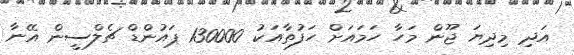
އަދި މިދިޔަ ޖޫން މަހާ ހަމައަށް ހަފުތާއަކު 130000 ޕައުންޑް ޗެލްސީން އޭނާ